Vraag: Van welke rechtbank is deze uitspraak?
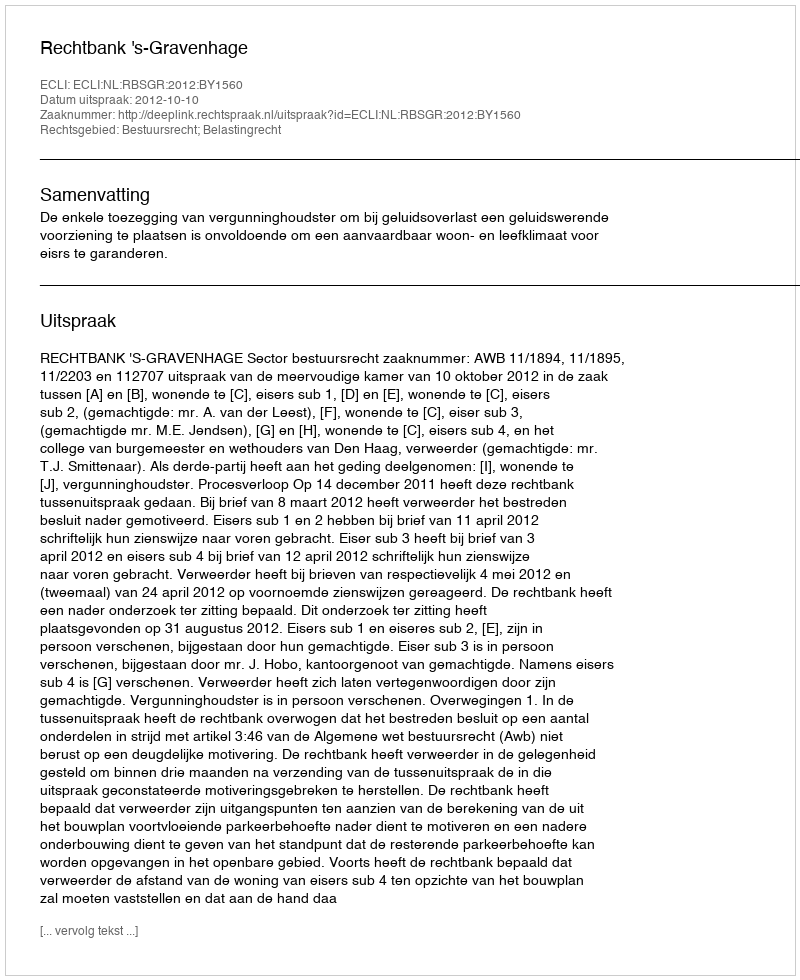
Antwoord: Rechtbank 's-Gravenhage